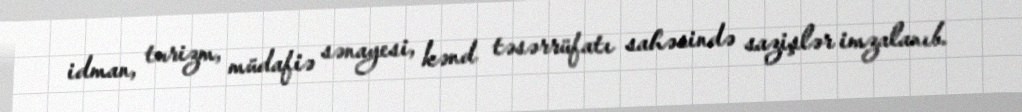
idman, turizm, müdafiə sənayesi, kənd təsərrüfatı sahəsində sazişlər imzalanıb.